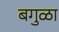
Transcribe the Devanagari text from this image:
बगुळा